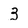
Character: 3